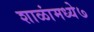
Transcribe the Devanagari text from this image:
शाळांमध्ये७